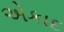
એકાદ